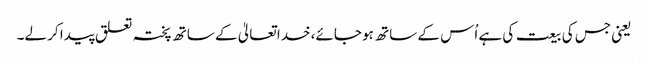
یعنی جس کی بیعت کی ہے اُس کے ساتھ ہو جائے، خدا تعالیٰ کے ساتھ پختہ تعلق پیدا کر لے۔